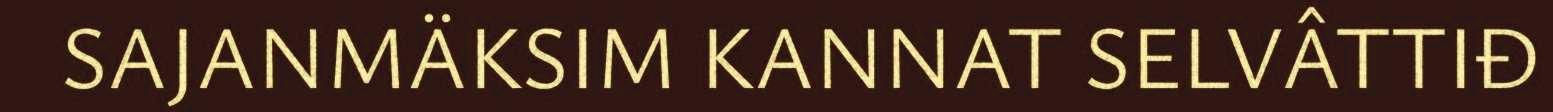
SAJANMÄKSIM KANNAT SELVÂTTIĐ